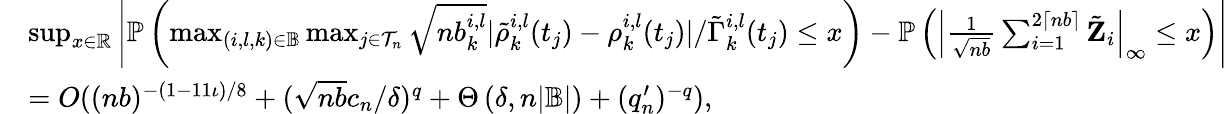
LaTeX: \begin{array}{rl}&{\operatorname*{sup}_{x\in\mathbb{R}}\left|\mathbb{P}\left(\operatorname*{max}_{(i,l,k)\in\mathbb{B}}\operatorname*{max}_{j\in\mathcal{T}_{n}}\sqrt{nb_{k}^{i,l}}|\tilde{\rho}_{k}^{i,l}(t_{j})-\rho_{k}^{i,l}(t_{j})|/\tilde{\Gamma}_{k}^{i,l}(t_{j})\leq x\right)-\mathbb{P}\left(\left|\frac{1}{\sqrt{nb}}\sum_{i=1}^{2\lceil nb\rceil}\tilde{\mathbf Z}_{i}\right|_{\infty}\leq x\right)\right|}\\ &{=O((nb)^{-(1-11\iota)/8}+(\sqrt{nb}c_{n}/\delta)^{q}+\Theta\left(\delta,n|\mathbb{B}|\right)+(q_{n}^{\prime})^{-q}),}\end{array}